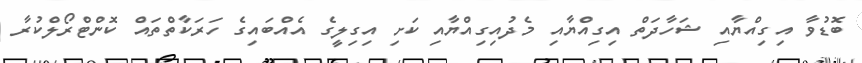
ބޮޑުވާ އިގިއްޔާއި ޝަހާދަތް އިގިއްޔާއި މެދުއިގިއްޔާއި ކަށި އިގިލީގެ އެއްބައިގެ ހަރަކާތްތައް ކޮންޓްރޯލްކުރާ